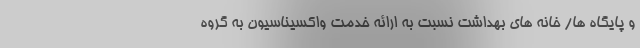
و پایگاه ها/ خانه های بهداشت نسبت به ارائه خدمت واکسیناسیون به گروه